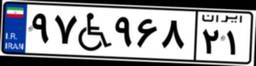
۹۷W۹۶۸۲۱